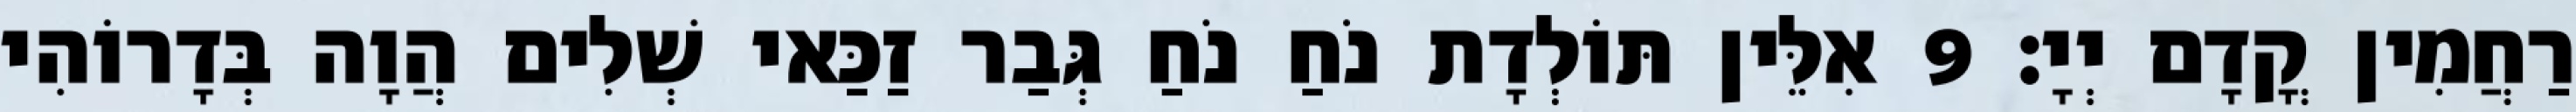
רַחֲמִין קֳדָם יְיָ׃ 9 אִלֵּין תּוֹלְדָת נֹחַ נֹחַ גְּבַר זַכַּאי שְׁלִים הֲוָה בְּדָרוֹהִי